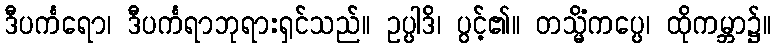
ဒီပင်္ကရော၊ ဒီပင်္ကရာဘုရားရှင်သည်။ ဥပ္ပါဒိ၊ ပွင့်၏။ တသ္မိံကပ္ပေ၊ ထိုကမ္ဘာ၌။